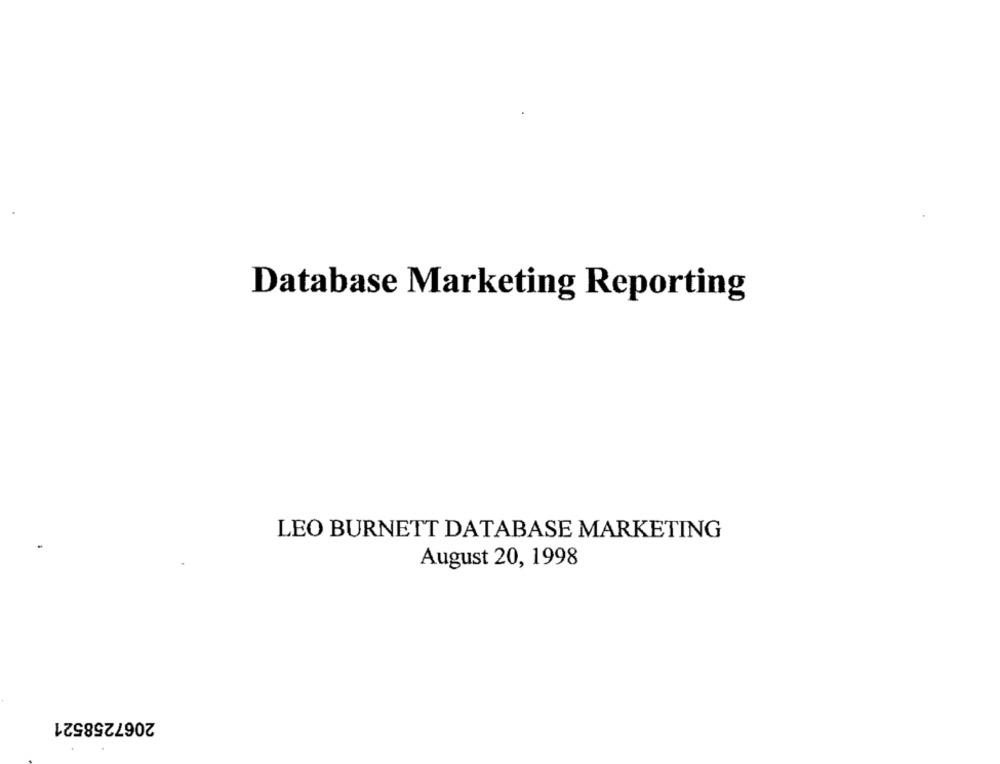
Database Marketing Reporting
LEO BURNETT DATABASE MARKETING
August 20, 1998
2067258521